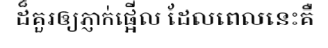
ដ៏គួរឲ្យភ្ញាក់ផ្អើល ដែលពេលនេះគឺ